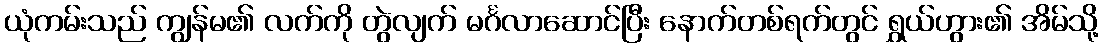
ယုံကမ်းသည် ကျွန်မ၏ လက်ကို တွဲလျက် မင်္ဂလာဆောင်ပြီး နောက်တစ်ရက်တွင် ရွှယ်ဟွား၏ အိမ်သို့